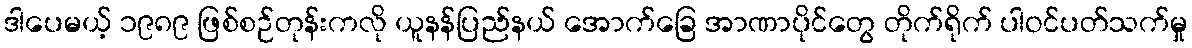
ဒါပေမယ့် ၁၉၈၉ ဖြစ်စဉ်တုန်းကလို ယူနန်ပြည်နယ် အောက်ခြေ အာဏာပိုင်တွေ တိုက်ရိုက် ပါဝင်ပတ်သက်မှု